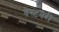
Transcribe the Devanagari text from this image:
वेस्टबरी